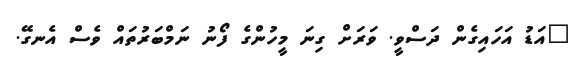
"އަޑު އަހައިގެން ދަސްވީ. ވަރަށް ގިނަ މީހުންގެ ފޯނު ނަމްބަރުތައް ވެސް އެނގޭ.